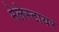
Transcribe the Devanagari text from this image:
मेलेस्टायर